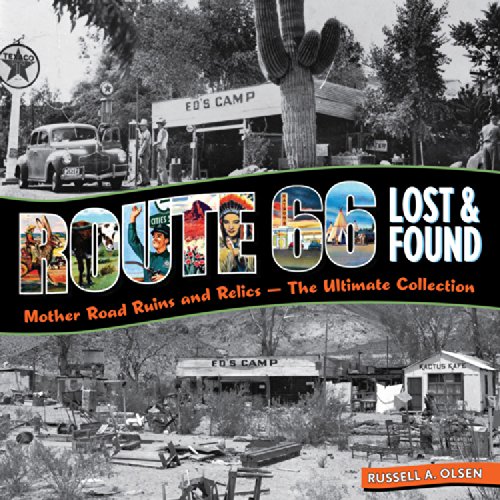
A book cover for Route 66 Lost & Found: Mother Road Ruins and Relics: The Ultimate Collection; Russell A. Olsen; Travel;